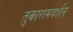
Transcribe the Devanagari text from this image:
तुकारामदर्शन